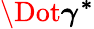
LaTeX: \boldsymbol{\Dot{\gamma}^{*}}